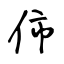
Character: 伂